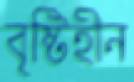
বৃষ্টিহীন